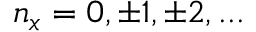
n _ { x } = 0 , \pm 1 , \pm 2 , . . .